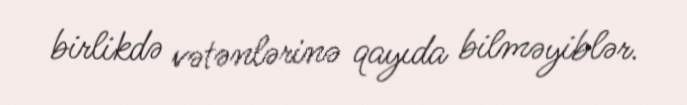
birlikdə vətənlərinə qayıda bilməyiblər.